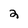
Character: 2